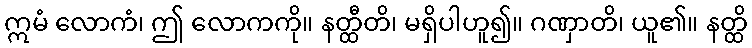
ဣမံ လောကံ၊ ဤ လောကကို။ နတ္ထီတိ၊ မရှိပါဟူ၍။ ဂဏှာတိ၊ ယူ၏။ နတ္ထိ